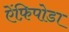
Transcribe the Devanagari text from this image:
ऐंफ़िपोडा